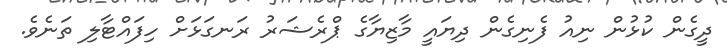
ދީގެން ކުޅުން ނިއު ފެނިގެން ދިޔައީ މާޒިޔާގެ ޕްރެޝަރު ރަނގަޅަށް ހިފައްޓާލި ތަނެވެ.